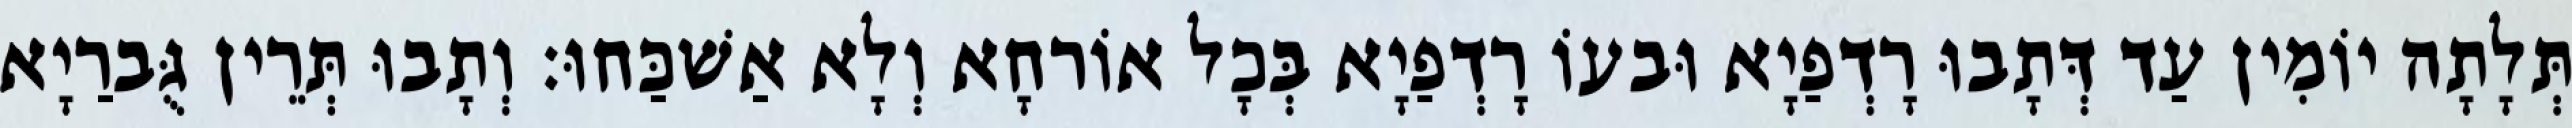
תְּלָתָה יוֹמִין עַד דְּתָבוּ רָדְפַיָא וּבעוֹ רָדְפַיָא בְּכָל אוֹרחָא וְלָא אַשׁכַּחוּ׃ וְתָבוּ תְּרֵין גֻּברַיָא